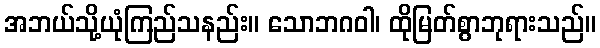
အဘယ်သို့ယုံကြည်သနည်း။ သောဘဂဝါ၊ ထိုမြတ်စွာဘုရားသည်။